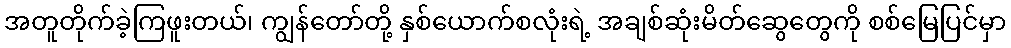
အတူတိုက်ခဲ့ကြဖူးတယ်၊ ကျွန်တော်တို့ နှစ်ယောက်စလုံးရဲ့ အချစ်ဆုံးမိတ်ဆွေတွေကို စစ်မြေပြင်မှာ